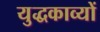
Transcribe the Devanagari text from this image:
युद्धकाव्यों